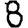
Digit: 8